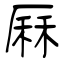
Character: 厤